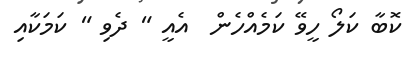
ކޮބާ ކަލޯ ހީވޭ ކަމެއްހެން  އެއީ " ދެވި " ކަމަކާއި